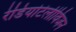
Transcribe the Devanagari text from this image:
रेडियोटेलीविजन